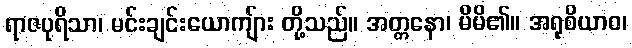
ရာဇပုရိသာ၊ မင်းချင်းယောကျ်ား တို့သည်။ အတ္တနော၊ မိမိ၏။ အရုစိယာဝ၊